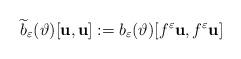
LaTeX: \begin{align*}\widetilde{b}_\varepsilon (\vartheta)[\mathbf{u},\mathbf{u}]:=b_\varepsilon (\vartheta)[f^\varepsilon \mathbf{u},f^\varepsilon \mathbf{u}]\end{align*}